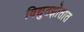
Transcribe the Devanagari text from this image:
विद्युतझोतात